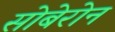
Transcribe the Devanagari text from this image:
सोबेरोन